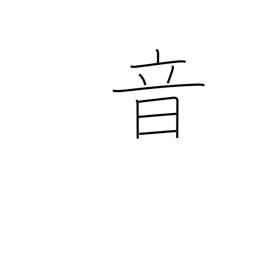
Meaning: sound